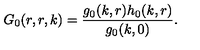
G _ { 0 } ( r , r , k ) = \frac { g _ { 0 } ( k , r ) h _ { 0 } ( k , r ) } { g _ { 0 } ( k , 0 ) } .